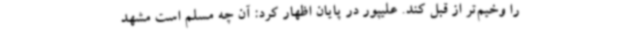
را وخیم‌تر از قبل کند. علیپور در پایان اظهار کرد: آن چه مسلم است مشهد